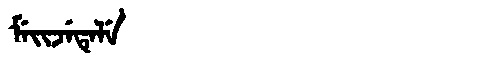
Manchu: ᠮᡝᡳᠵᡝᡨᡝᠯᡝ
Romanization: MEIJETELE